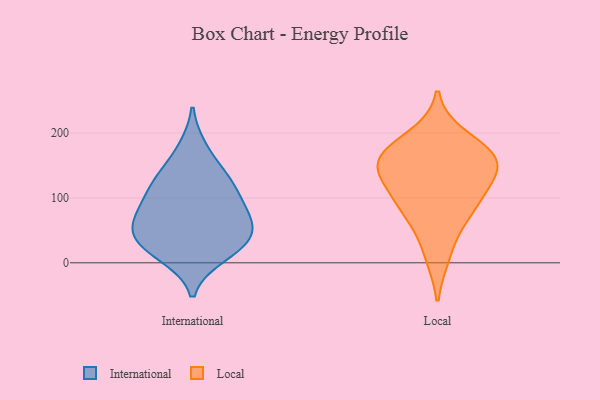
{"axis": {"x": "Inventory Turnover", "y": "Value"}, "legend": ["International", "Local"], "data": [{"x": "", "y": 11, "type": "International"}, {"x": "", "y": 176, "type": "International"}, {"x": "", "y": 56, "type": "International"}, {"x": "", "y": 27, "type": "International"}, {"x": "", "y": 126, "type": "International"}, {"x": "", "y": 46, "type": "International"}, {"x": "", "y": 21, "type": "International"}, {"x": "", "y": 134, "type": "International"}, {"x": "", "y": 45, "type": "International"}, {"x": "", "y": 116, "type": "International"}, {"x": "", "y": 78, "type": "International"}, {"x": "", "y": 72, "type": "International"}, {"x": "", "y": 94, "type": "International"}, {"x": "", "y": 110, "type": "Local"}, {"x": "", "y": 194, "type": "Local"}, {"x": "", "y": 156, "type": "Local"}, {"x": "", "y": 161, "type": "Local"}, {"x": "", "y": 143, "type": "Local"}, {"x": "", "y": 70, "type": "Local"}, {"x": "", "y": 12, "type": "Local"}, {"x": "", "y": 165, "type": "Local"}, {"x": "", "y": 79, "type": "Local"}, {"x": "", "y": 160, "type": "Local"}, {"x": "", "y": 111, "type": "Local"}]}